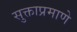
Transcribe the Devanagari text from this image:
सुक्ताप्रमाणे